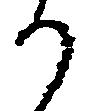
り